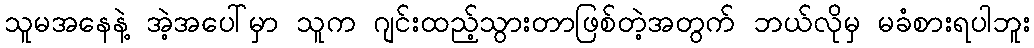
သူမအနေနဲ့ အဲ့အပေါ်မှာ သူက ဂျင်းထည့်သွားတာဖြစ်တဲ့အတွက် ဘယ်လိုမှ မခံစားရပါဘူး